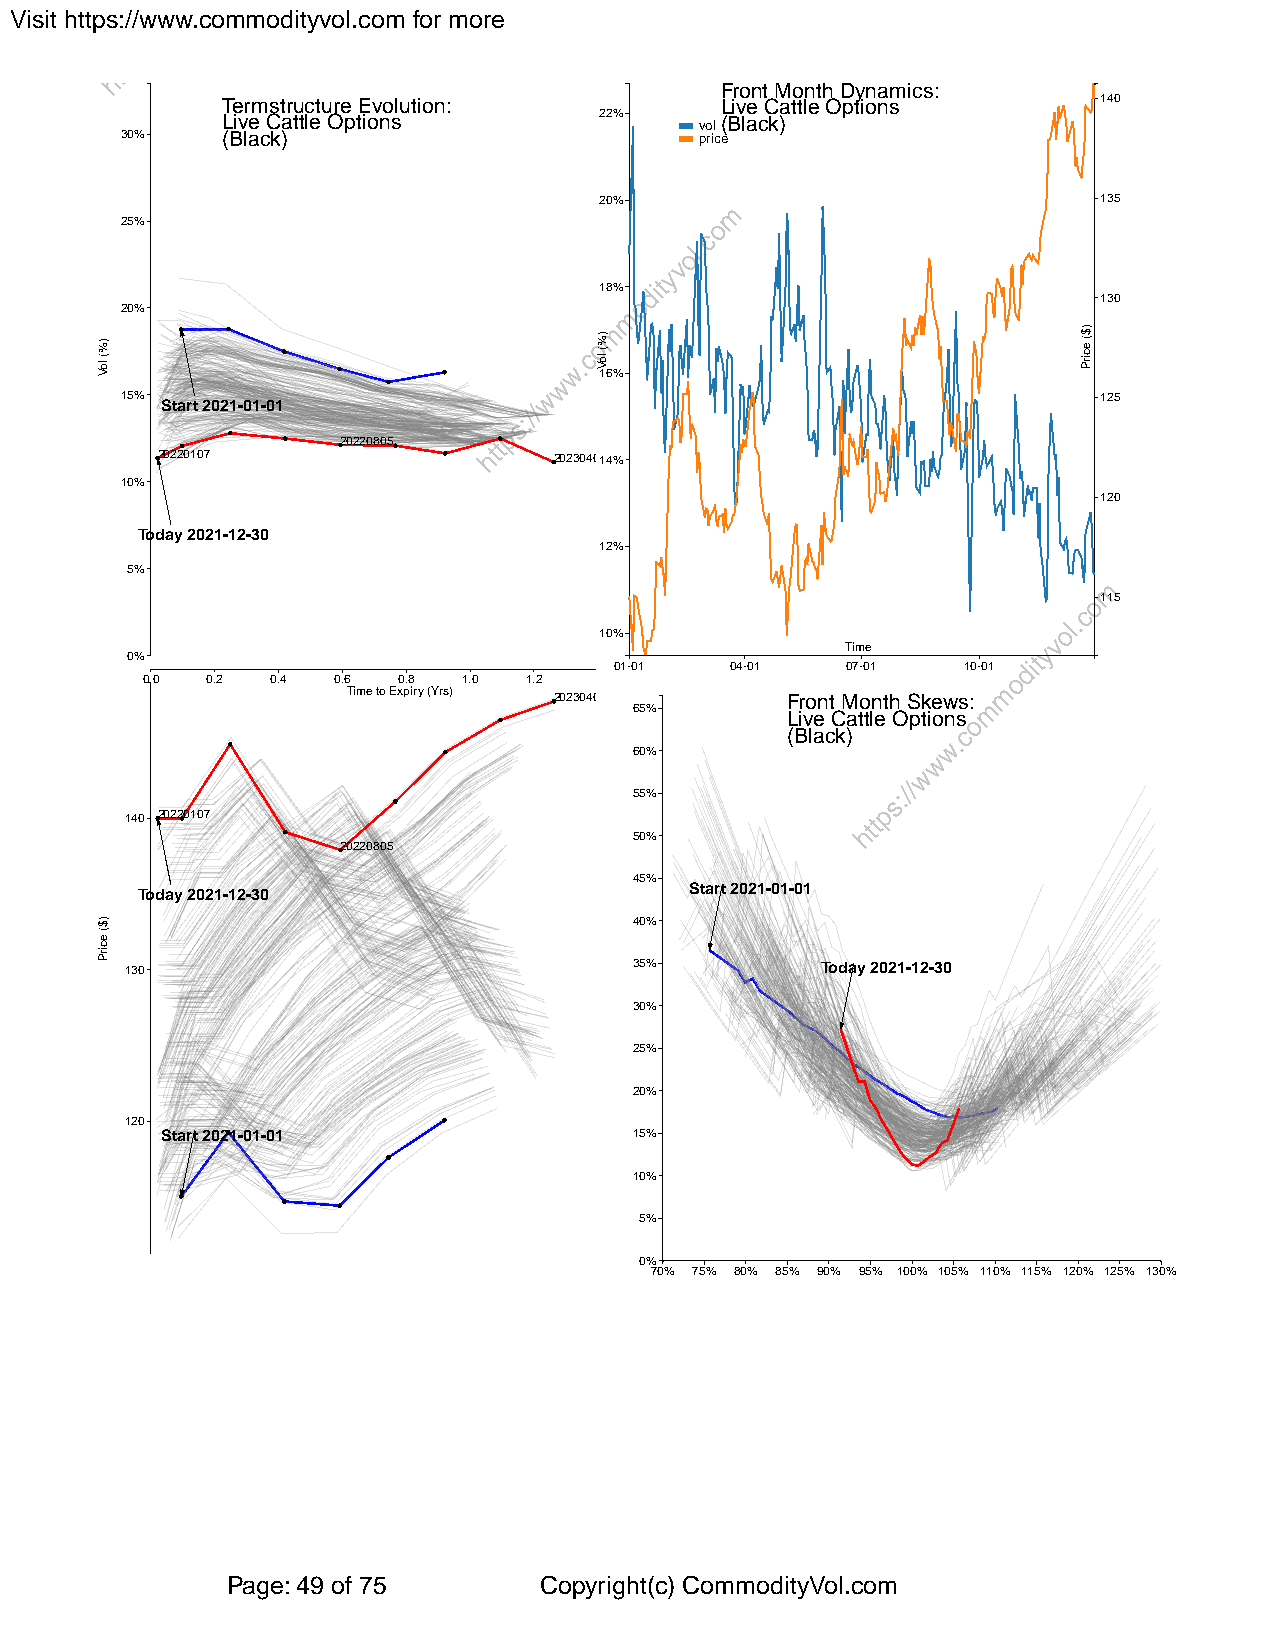
Visit https://www.commodityvol.com for more
 Front Month Dynamics:
 Termstructure Evolution:         Live Cattle Options      140
 Live Cattle Options      22%   vol(Black)
 30%    (Black)                        price
 20%                              135
 25%
 18%
 130
 20%
 16%
 15% Start 2021-01-01                                             125
 20220805
 20220107                   2023040164%
 10%
 120
 Today 2021-12-30
 12%
 5%
 115
 10%
 Time
 0%
 01-01  04-01   07-01   10-01
 0.0  0.2 0.4 0.6 0.8  1.0 1.2
 Time to Expiry (Yrs) 20230406 Front Month Skews:
 65%
 Live Cattle Options
 (Black)
 60%
 55%
 140 20220107
 50%
 20220805
 45%
 Today 2021-12-30                     Start 2021-01-01
 40%
 130                               35%         Today 2021-12-30
 30%
 25%
 20%
 120
 Start 2021-01-01               15%
 10%
 5%
 0%
 70% 75% 80% 85% 90% 95% 100% 105% 110% 115% 120% 125% 130%
 Page: 49 of 75       Copyright(c) CommodityVol.com
 )%(
 loV
 )$(
 ecirP
 )%(
 loV
 )$(
 ecirP